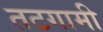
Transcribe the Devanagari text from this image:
तटगामी